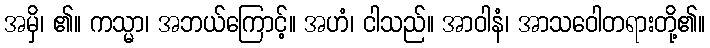
အမှိ၊ ၏။ ကသ္မာ၊ အဘယ်ကြောင့်။ အဟံ၊ ငါသည်။ အာဝါနံ၊ အာသဝေါတရားတို့၏။